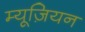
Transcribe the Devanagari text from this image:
म्यूज़ियन